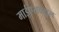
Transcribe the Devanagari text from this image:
माईएसक्यूल